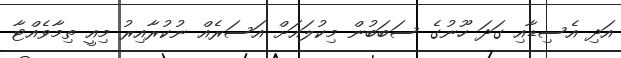
އަދި އެސިޑާއި ގަދަ ހޫނުގެ ސަބަބުން މިކުލައަށް އަސަރެއް ނުކުރާއިރު މިއީ ތިމާވެއްޓާ